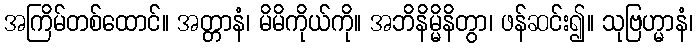
အကြိမ်တစ်ထောင်။ အတ္တာနံ၊ မိမိကိုယ်ကို။ အဘိနိမ္မိနိတွာ၊ ဖန်ဆင်း၍။ သုဗြဟ္မာနံ၊